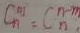
C _ { n } ^ { m } = C _ { n } ^ { n - m } \cdot